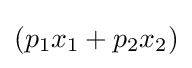
(p_{1}x_{1}+p_{2}x_{2})